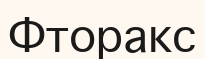
Фторакс